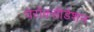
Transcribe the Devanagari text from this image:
पेरॉक्सीडेशन